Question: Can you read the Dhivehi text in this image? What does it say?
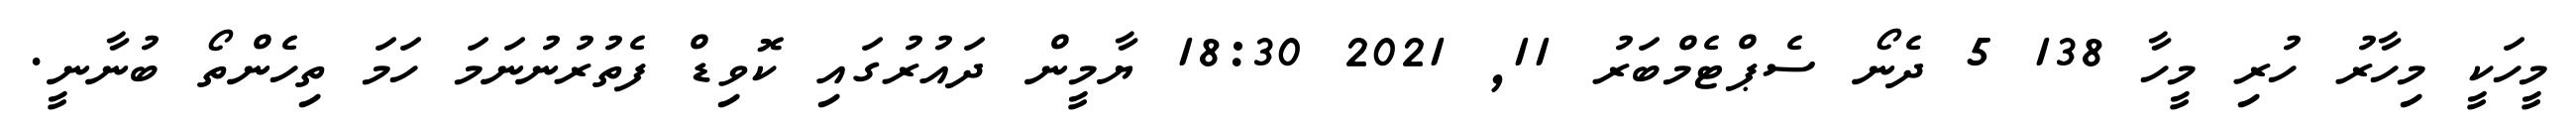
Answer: މީހަކީ މިހާރު ހުރި މީހާ 138 5 ދެނޯ ސެޕްޓެމްބަރު 11, 2021 18:30 ޔާމީން ދައުރުގައި ކޮވިޑް ފެތުރުނުނަމަ ހަމަ ތިހެންތޯ ބުނާނީ.